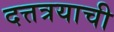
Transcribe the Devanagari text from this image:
दत्तत्रयाची